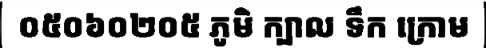
០៥០៦០២០៥ ភូមិ ក្បាល ទឹក ក្រោម